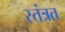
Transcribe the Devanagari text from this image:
स्‍तंत्रत